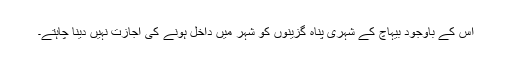
اس کے باوجود بیہاچ کے شہری پناہ گزینوں کو شہر میں داخل ہونے کی اجازت نہیں دینا چاہتے۔